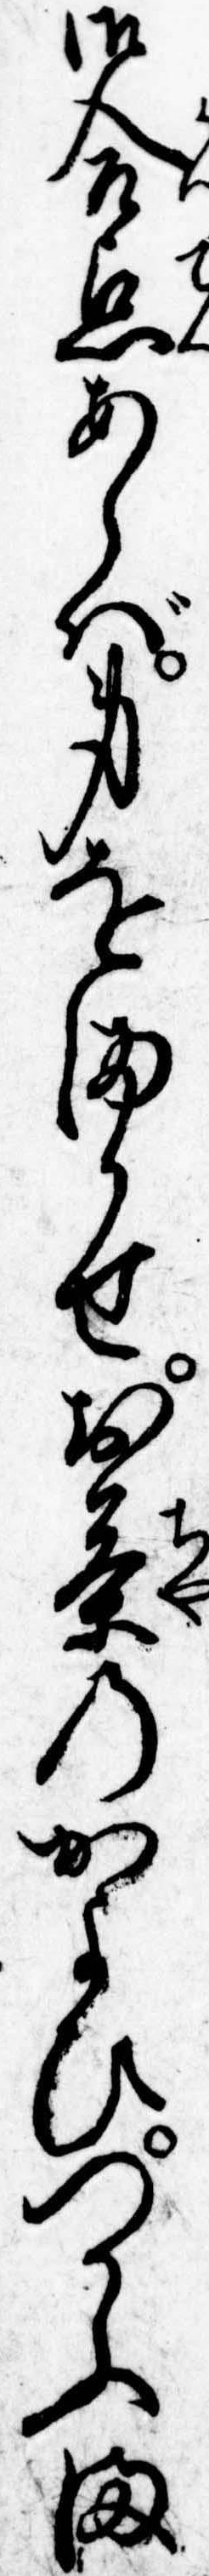
御合点あらば身をまかせお茶のかよひつかふま